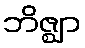
ဘိဇ္ဈာ